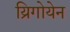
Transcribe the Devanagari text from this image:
य्रिगोयेन